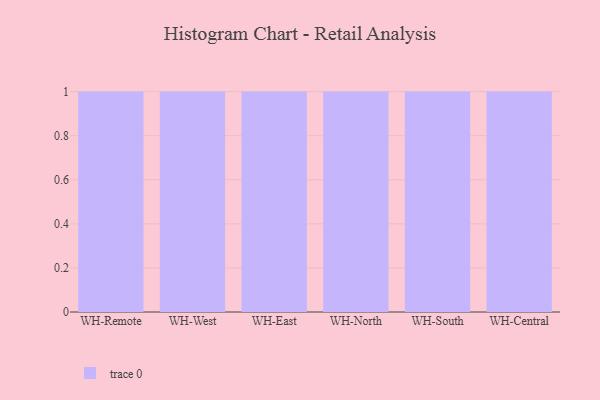
{"axis": {"x": "Warehouse", "y": "Page Views"}, "legend": [""], "data": [{"x": "WH-Remote", "y": 25, "type": ""}, {"x": "WH-West", "y": 95, "type": ""}, {"x": "WH-East", "y": 13, "type": ""}, {"x": "WH-North", "y": 14, "type": ""}, {"x": "WH-South", "y": 22, "type": ""}, {"x": "WH-Central", "y": 72, "type": ""}]}